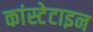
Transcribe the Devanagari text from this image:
कांस्टेटाइन